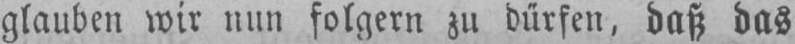
glauben wir nun folgern zu dürfen, daß das